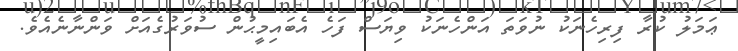
ޢަމަލު ކުރާ ފިރިހެނަކު ނުވަތަ އަންހެނަކު ވިޔަސް ފަހެ އެބައިމީޙުން ސުވަރުގެއަށް ވަންނާނެއެވެ.